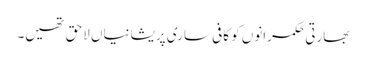
بھارتی حکمرانوں کو کافی ساری پریشانیاں لاحق تھیں۔